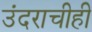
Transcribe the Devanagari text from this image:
उंदराचीही